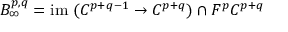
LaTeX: B _ { \infty } ^ { p , q } = { \mathrm { i m ~ } } ( C ^ { p + q - 1 } \rightarrow C ^ { p + q } ) \cap F ^ { p } C ^ { p + q }